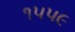
૧૫૫૯